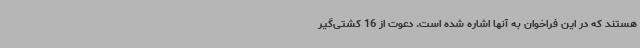
هستند که در این فراخوان به آنها اشاره شده است. دعوت از 16 کشتی‌گیر